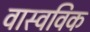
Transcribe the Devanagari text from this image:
वास्वविक